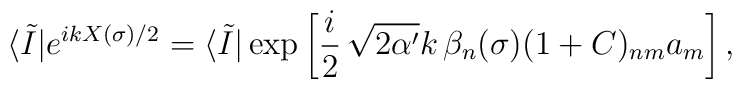
\langle \tilde{I} |e^{i  k X(\sigma)/2}= \langle \tilde{I} | \exp\left[{i \over 2}  \, \sqrt{2 \alpha'} k \, \beta_n(\sigma)(1 + C)_{nm} a_m\right] ,